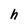
Character: h